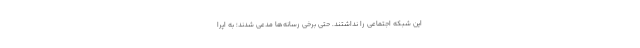
این شبکه اجتماعی را نداشتند. حتی برخی رسانه‌ها مدعی شدند؛ به اپرا